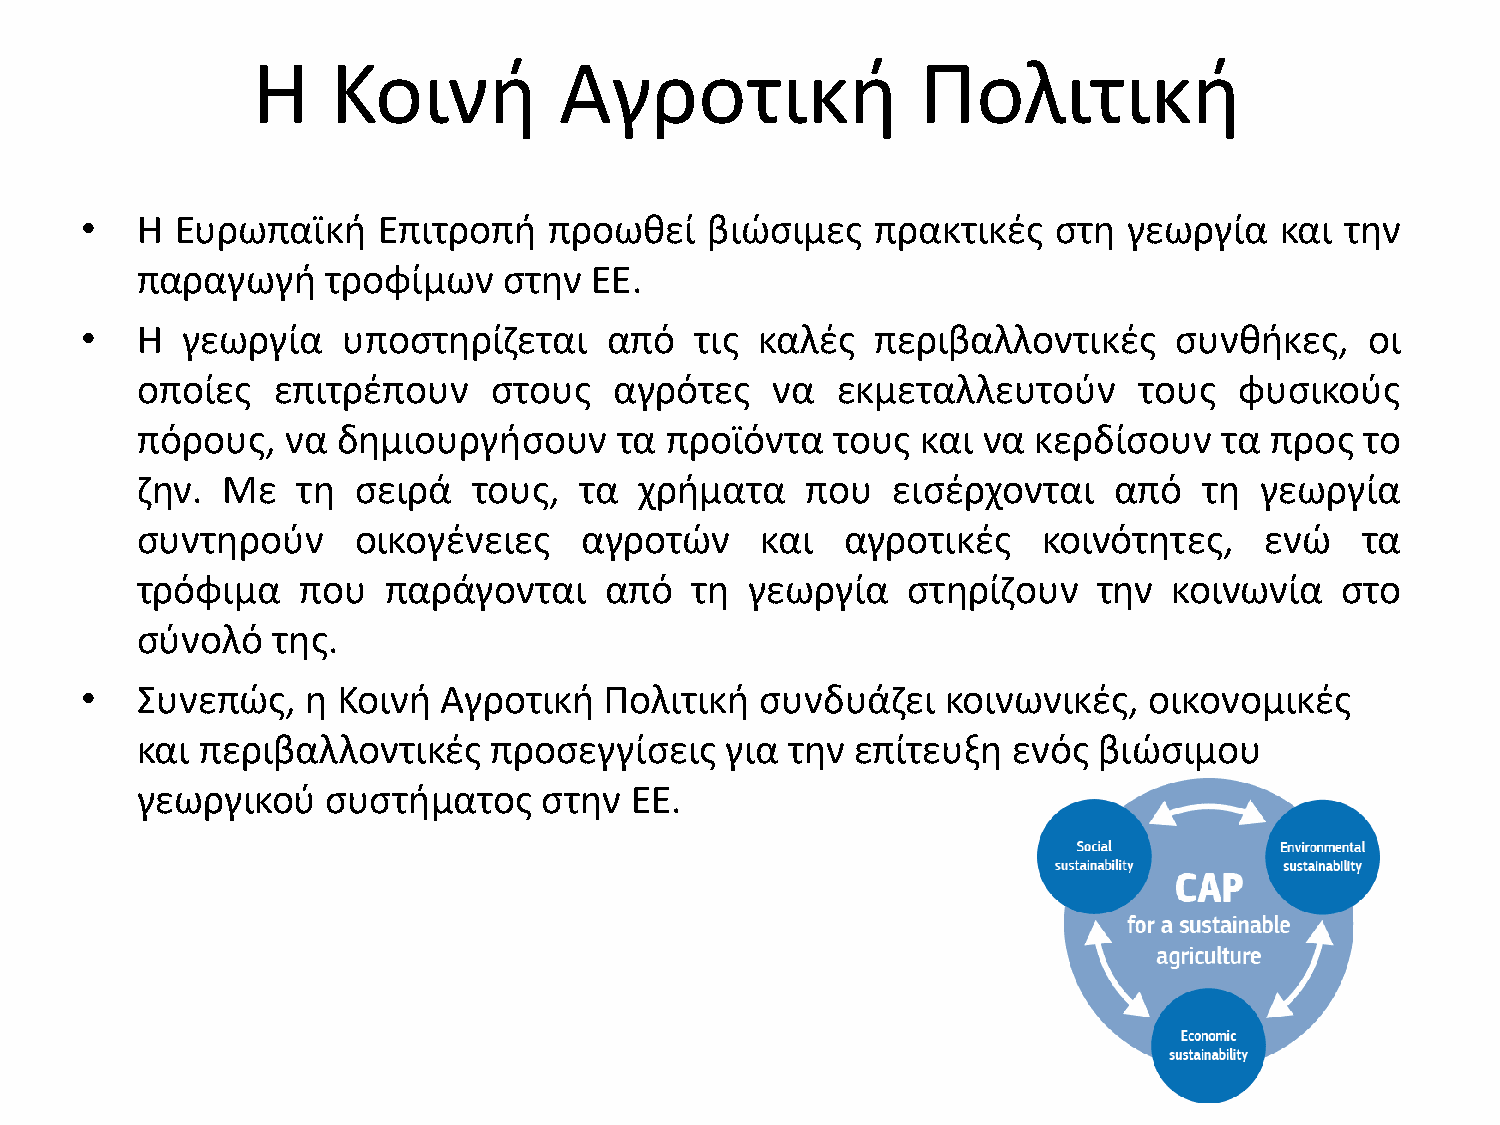
Η    Κοινι          Αγροτικι                Πολιτικι
 •   H  Ευρωπαϊκι    Επιτροπι   προωκεί    βιϊςιμεσ   πρακτικζσ   ςτθ  γεωργία   και τθν
 παραγωγι     τροφίμων   ςτθν  ΕΕ.
 •   Η  γεωργία    υποςτθρίηεται    από   τισ καλζσ   περιβαλλοντικζσ     ςυνκικεσ,    οι
 οποίεσ   επιτρζπουν    ςτουσ    αγρότεσ   να  εκμεταλλευτοφν      τουσ   φυςικοφσ
 πόρουσ,   να δθμιουργιςουν      τα προϊόντα   τουσ  και να κερδίςουν    τα προσ  το
 ηθν.  Με   τθ ςειρά   τουσ,  τα  χριματα    που   ειςζρχονται    από   τθ γεωργία
 ςυντθροφν     οικογζνειεσ    αγροτϊν     και   αγροτικζσ    κοινότθτεσ,    ενϊ   τα
 τρόφιμα    που  παράγονται     από   τθ  γεωργία   ςτθρίηουν    τθν  κοινωνία   ςτο
 ςφνολό   τθσ.
 •   ΢υνεπϊσ,   θ Κοινι  Αγροτικι   Πολιτικι  ςυνδυάηει    κοινωνικζσ,  οικονομικζσ
 και περιβαλλοντικζσ    προςεγγίςεισ    για τθν  επίτευξθ  ενόσ  βιϊςιμου
 γεωργικοφ    ςυςτιματοσ    ςτθν  ΕΕ.